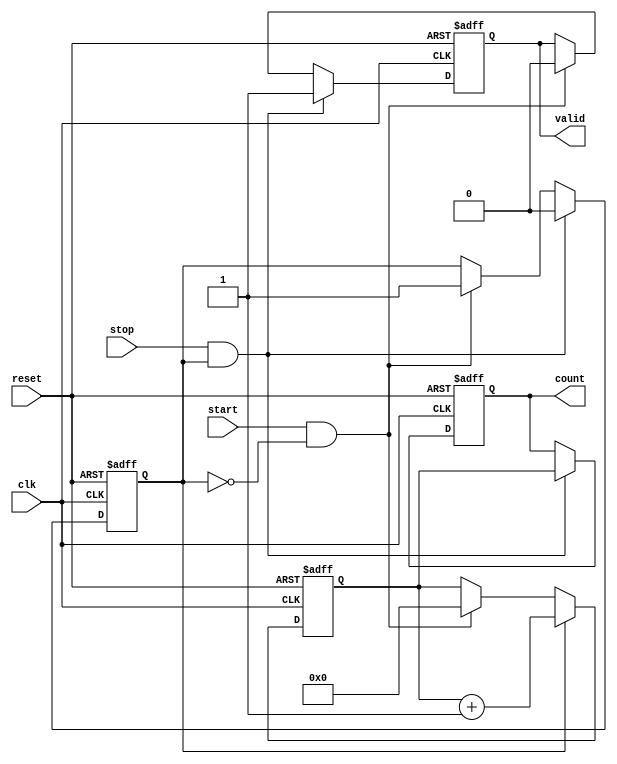
module TDC (
    input wire clk,          // Clock input
    input wire reset,        // Reset signal
    input wire start,        // Start signal
    input wire stop,         // Stop signal
    output reg [N-1:0] count, // Output count value
    output reg valid         // Valid signal to indicate count is ready
);
    parameter N = 16;        // Bit-width of the counter
    reg [N-1:0] counter;     // Counter to store clock cycles
    reg counting;            // Flag to indicate counting state

    // Asynchronous reset and counter logic
    always @(posedge clk or posedge reset) begin
        if (reset) begin
            counter <= 0;     // Clear counter on reset
            count <= 0;       // Clear output count
            valid <= 0;       // Clear valid signal
            counting <= 0;    // Stop counting
        end else begin
            if (start && !counting) begin
                counting <= 1; // Start counting
                counter <= 0;  // Reset counter
                valid <= 0;    // Reset valid signal
            end
            if (counting) begin
                counter <= counter + 1; // Increment counter
            end
            if (stop && counting) begin
                counting <= 0; // Stop counting
                count <= counter; // Store final count
                valid <= 1;    // Indicate valid count
            end
        end
    end

endmodule